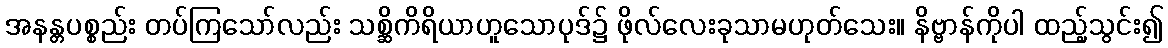
အနန္တပစ္စည်း တပ်ကြသော်လည်း သစ္ဆိကိရိယာဟူသောပုဒ်၌ ဖိုလ်လေးခုသာမဟုတ်သေး။ နိဗ္ဗာန်ကိုပါ ထည့်သွင်း၍